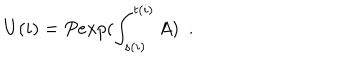
U ( i ) = P e x p ( \int _ { s ( i ) } ^ { t ( i ) } A ) \ \ .